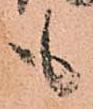
も